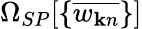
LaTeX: \Omega_{SP}[\{ \overline{{w_{{\mathbf k}n}}}\} ]